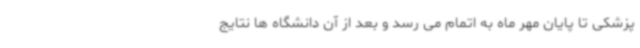
پزشکی تا پایان مهر ماه به اتمام می رسد و بعد از آن دانشگاه ها نتایج